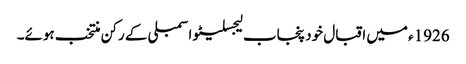
1926ء میں اقبال خود پنجاب لیجسلیٹو اسمبلی کے رکن منتخب ہوئے۔